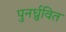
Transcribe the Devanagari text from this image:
पुनर्ध्रुवित